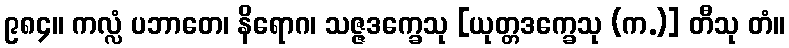
၉၈၄။ ကလ္လံ ပဘာတေ၊ နိရောဂ၊ သဇ္ဇဒက္ခေသု [ယုတ္တဒက္ခေသု (က.)] တီသု တံ။